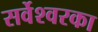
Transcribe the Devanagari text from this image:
सर्वेश्वरका